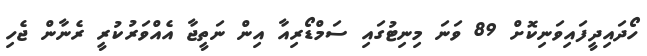
ހޯދައިދީފައިވަނިކޮށް 89 ވަނަ މިނިޓުގައި ސަމްޑޯރިއާ އިން ނަތީޖާ އެއްވަރުކުރީ ރެނާން ޖެހި